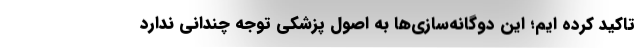
تاکید کرده ایم؛ این دوگانه‌سازی‌ها به اصول پزشکی توجه چندانی ندارد